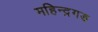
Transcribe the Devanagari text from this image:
महिन्द्रगड